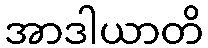
အာဒါယာတိ